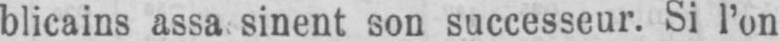
blicains assa sinent son successeur. Si l’on